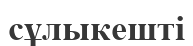
сұлыкешті